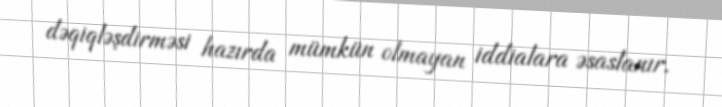
dəqiqləşdirməsi hazırda mümkün olmayan iddialara əsaslanır.